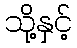
သို့နှင့်